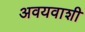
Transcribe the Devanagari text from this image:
अवयवाशी